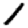
Digit: 1